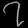
Digit: ၇